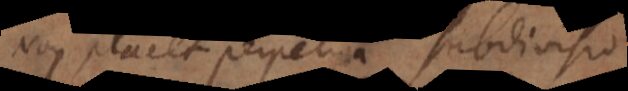
on placet perpetua subdivisio